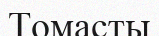
Томасты